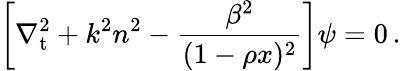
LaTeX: \left[\nabla_{\mathrm{t}}^{2}+k^{2}n^{2}-\frac{\beta^{2}}{(1-\rho x)^{2}}\right]\psi=0\, .